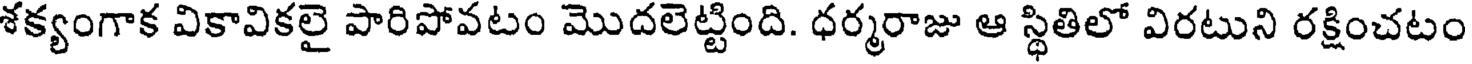
శక్యంగాక వికావికలై పారిపోవటం మొదలెట్టింది. ధర్మరాజు ఆ స్థితిలో విరటుని రక్షించటం